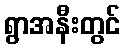
ရွာအနီးတွင်